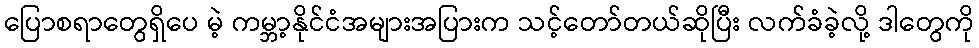
ပြောစရာတွေရှိပေ မဲ့ ကမ္ဘာ့နိုင်ငံအများအပြားက သင့်တော်တယ်ဆိုပြီး လက်ခံခဲ့လို့ ဒါတွေကို